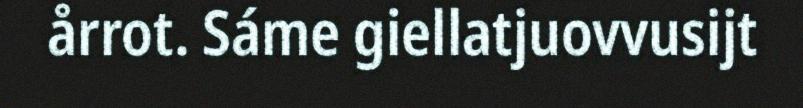
årrot. Sáme giellatjuovvusijt